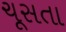
ચૂસતા